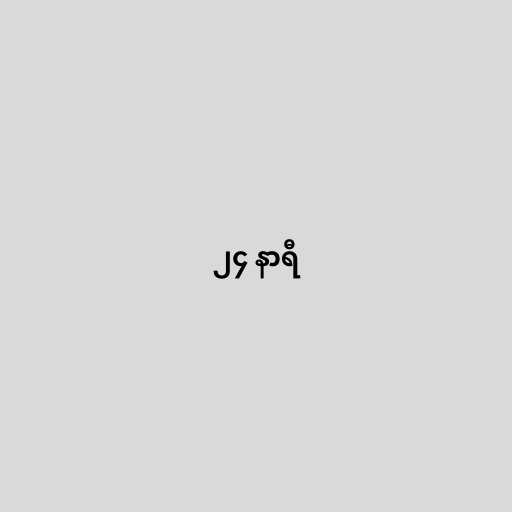
၂၄ နာရီ